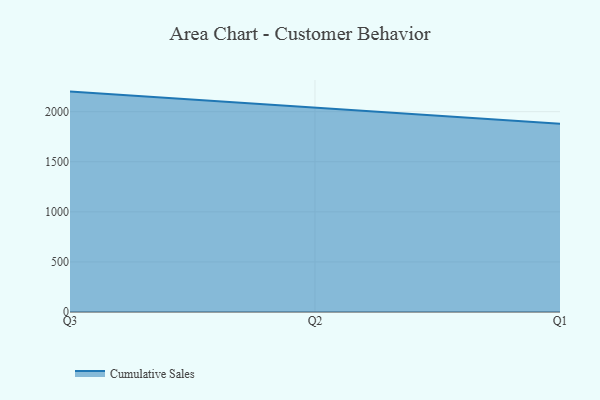
{"axis": {"x": "Quarter", "y": "Bounce Rate (%)"}, "legend": ["Cumulative Sales"], "data": [{"x": "Q3", "y": 2200.4, "type": "Cumulative Sales"}, {"x": "Q2", "y": 2037.0, "type": "Cumulative Sales"}, {"x": "Q1", "y": 1878.3, "type": "Cumulative Sales"}]}